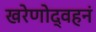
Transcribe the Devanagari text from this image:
खरेणोद्वहनं